Report on the working of the Ranchi Indian Mental Hospital, Kanke, in Bihar and Orissa - 1930-1940
Year: 1930
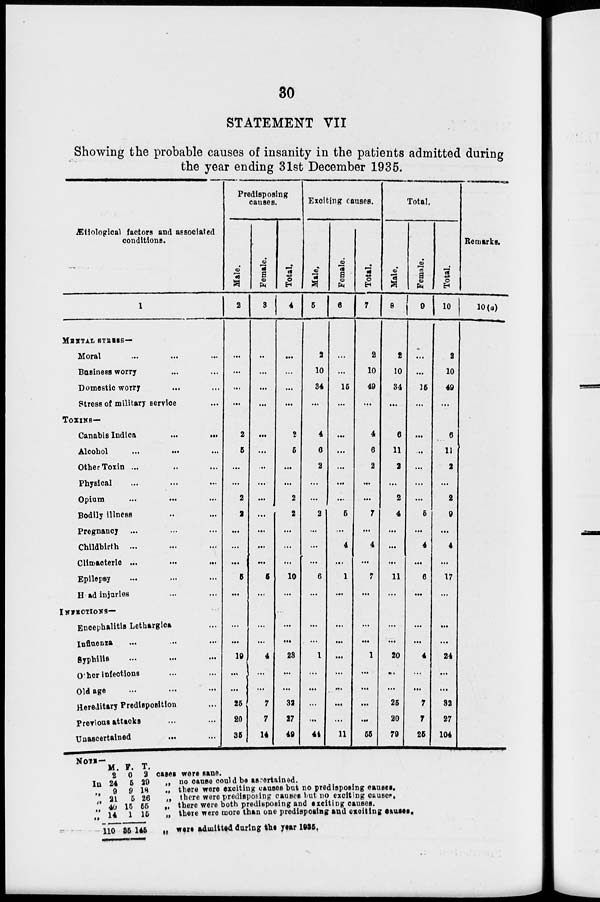
30
STATEMENT VII
Showing the probable causes of insanity in the patients admitted during
the year ending 31st December 1935.
Ætiological factors and associated
conditions.
1
MENTAL STRESS—
Moral ... ... ...
Business worry ... ... ...
Domestic worry ... ... ...
Stress of military service ...
TOXINS—
Canabis Indica
...
...
Alcohol
...
...
...
Other Toxin ... ... ...
Physical ... ... ...
Opium
...
...
...
Bodily illness ... ...
Pregnancy ... ... ...
Childbirth ... ... ...
Climacteric ... ... ...
Epilepsy ... ... ...
Head injuries ... ... ...
INFECTIONS—
Encephalitis Lethargica ...
Influenza ... ... ...
Syphilis ... ... ...
Other infections ... ...
Old age ... ... ...
Hereditary Predisposition ...
previous attacks ... ...
Unascertained ... ...
Predisposing
causes.
Male.
2
...
..
...
...
2
5
...
...
2
2
...
...
...
6
...
...
...
19
...
...
25
20
35
Female.
3
...
...
...
...
...
...
...
...
...
...
...
...
...
6
...
...
...
4
...
...
7
7
14
Total.
4
...
...
...
...
2
6
...
...
2
2
...
...
...
10
...
...
...
23
...
...
32
27
49
Exciting causes.
Male.
5
2
10
34
...
4
6
2
...
...
2
...
...
...
6
...
...
...
...
1
...
...
...
...
44
Female.
6
...
..
15
...
...
...
...
...
...
5
...
4
...
1
...
...
...
...
...
...
...
...
...
11
Total.
7
2
10
49
...
4
6
2
..
...
7
..
4
...
7
...
...
...
...
1
...
...
...
...
55
Total.
Male.
8
2
10
34
...
6
11
2
...
2
4
...
...
...
11
...
...
...
...
20
...
...
25
20
79
Female.
9
...
...
15
...
...
...
...
...
...
5
...
4
...
6
...
...
...
...
4
...
...
7
7
25
Total.
10
2
10
49
...
6
11
2
...
2
9
...
4
...
17
...
...
...
...
24
...
...
32
27
104
Remarks.
10(a)
NOTE—
M.
2
In 24
„ 9
„ 21
„ 40
„ 14
110
F.
0
5
9
5
15
1
35
T.
2
29
18
26
55
15
145
cases were sane.
„ no cause could be ascertained.
„ there were exciting causes but no predisposing causes.
„ there were predisposing causes but no exciting causes.
„ there were both predisposing and exciting causes.
„ there were more than one predisposing and exciting faults.
„ were admitted during the year 1935.